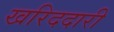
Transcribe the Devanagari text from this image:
खरिददारी